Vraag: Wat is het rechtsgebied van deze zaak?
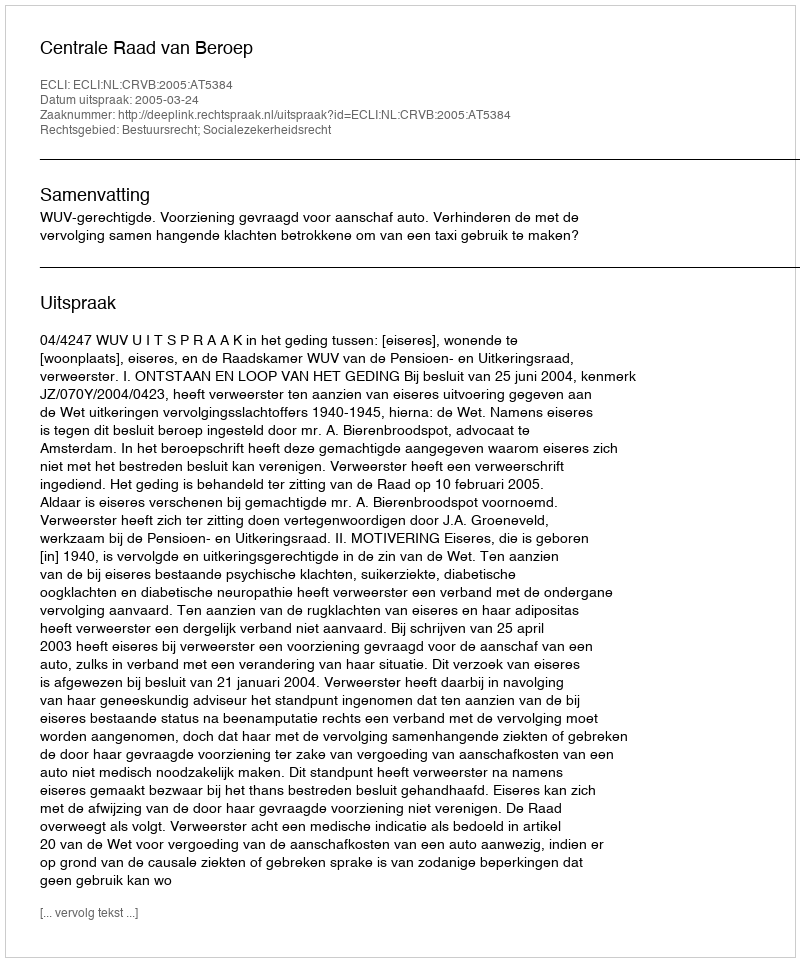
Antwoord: Bestuursrecht; Socialezekerheidsrecht